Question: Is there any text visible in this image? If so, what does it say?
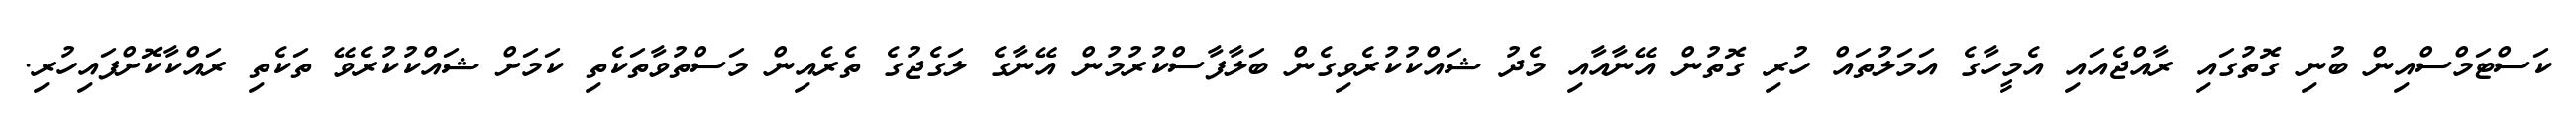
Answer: ކަސްޓަމްސްއިން ބުނި ގޮތުގައި ރާއްޖެއައި އެމީހާގެ އަމަލުތައް ހުރި ގޮތުން އޭނާއާއި މެދު ޝައްކުކުރެވިގެން ބަލާފާސްކުރުމުން އޭނާގެ ލަގެޖުގެ ތެރެއިން މަސްތުވާތަކެތި ކަމަށް ޝައްކުކުރެވޭ ތަކެތި ރައްކާކޮށްފައިހުރި.